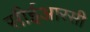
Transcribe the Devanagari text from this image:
सीईआरसी